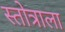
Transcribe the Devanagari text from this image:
स्तोत्राला